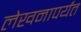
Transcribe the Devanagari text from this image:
लेखनापर्यंत